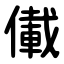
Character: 儎